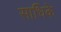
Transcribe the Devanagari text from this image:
साधिके